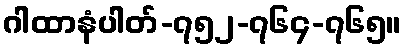
ဂါထာနံပါတ်-၇၅၂-၇၆၄-၇၆၅။